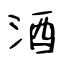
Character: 酒